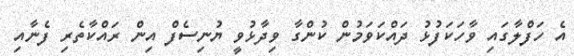
އެ ހަފްލާގައި ވާހަކަފުޅު ދައްކަވަމުން ކުންގާ ވިދާޅުވީ ޔުނިސެފް އިން ރައްކާތެރި ފެނާއި